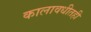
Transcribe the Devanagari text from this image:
कालावधीतही